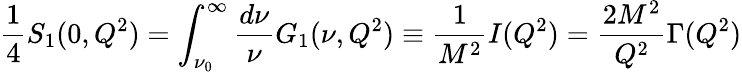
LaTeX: {\frac{1}{4}}S_{1}(0,Q^{2})=\int_{\nu_{0}}^{\infty}{\frac{d\nu}{\nu}}G_{1}(\nu,Q^{2})\equiv{\frac{1}{M^{2}}}I(Q^{2})={\frac{2M^{2}}{Q^{2}}}\Gamma(Q^{2})